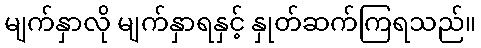
မျက်နှာလို မျက်နှာရနှင့် နှုတ်ဆက်ကြရသည်။